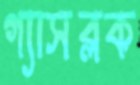
গ্যাসব্লক